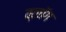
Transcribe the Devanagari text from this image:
व्लॉग